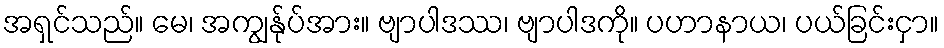
အရှင်သည်။ မေ၊ အကျွန်ုပ်အား။ ဗျာပါဒဿ၊ ဗျာပါဒကို။ ပဟာနာယ၊ ပယ်ခြင်းငှာ။